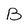
Character: B